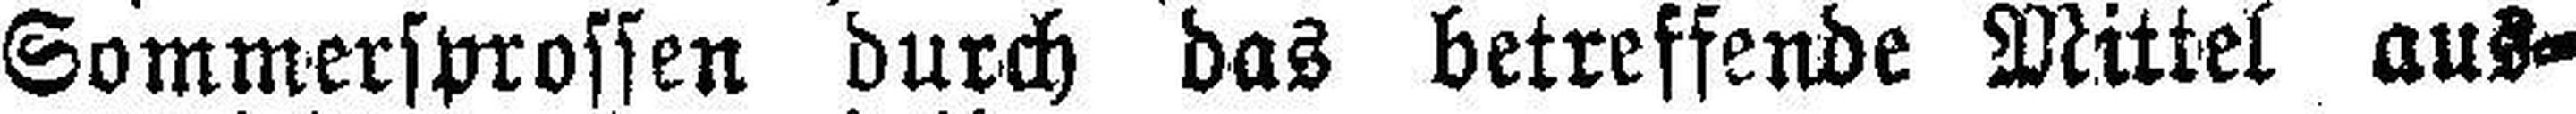
Sommersprossen durch das betreffende Mittel aus¬